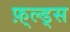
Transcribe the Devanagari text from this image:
फ़्ल्ड्स